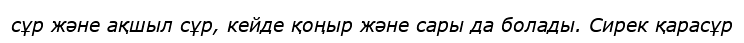
сұр және ақшыл сұр, кейде қоңыр және сары да болады. Сирек қарасұр